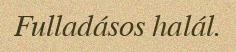
Fulladásos halál.